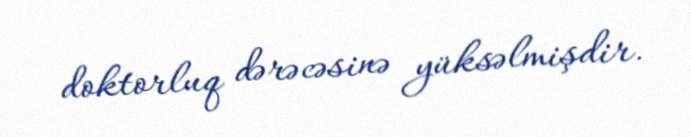
doktorluq dərəcəsinə yüksəlmişdir.